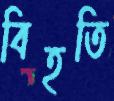
বিহতি